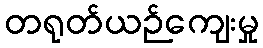
တရုတ်ယဉ်ကျေးမှု